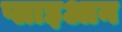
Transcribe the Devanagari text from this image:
प्लाइआन